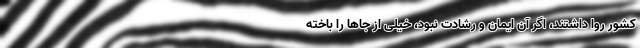
کشور روا داشتند، اگر آن ایمان و رشادت نبود، خیلی از جاها را باخته